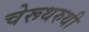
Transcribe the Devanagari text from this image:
चेरूथरुथी